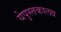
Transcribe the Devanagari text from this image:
येपुस्तकालय